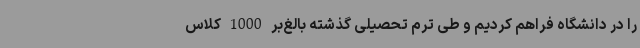
را در دانشگاه فراهم کردیم و طی ترم تحصیلی گذشته بالغ‌بر 1000 کلاس